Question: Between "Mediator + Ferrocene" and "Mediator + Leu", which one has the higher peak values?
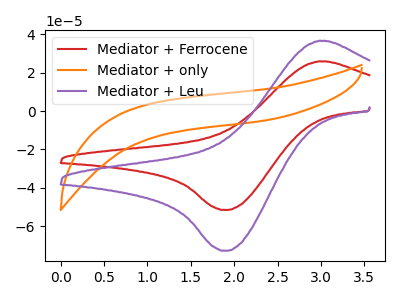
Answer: <think>The red curve "Mediator + Ferrocene" has an anodic peak at (3.00V, 26.00uA) and a cathodic peak at (1.90V, -51.55uA). The orange curve "Mediator + only" has no peaks. The purple curve "Mediator + Leu" has an anodic peak at (3.00V, 36.70uA) and a cathodic peak at (1.90V, -72.85uA).</think>
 <answer>Every peak in "Mediator + Ferrocene" is lower than every peak in "Mediator + Leu".</answer>
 <eval>lower</eval>